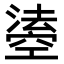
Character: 𤀢